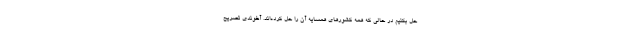
حل بکنیم در حالی که همه کشورهای همسایه آن را حل کرده‌اند. آخوندی تصریح